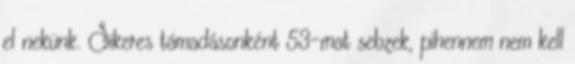
el nekünk. Sikeres támadásonként 53-mat sebzek, pihennem nem kell